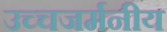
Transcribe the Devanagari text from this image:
उच्चजर्मनीय